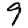
Digit: 9